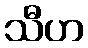
သီဟ